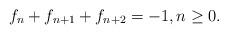
LaTeX: \begin{align*}f_n+f_{n+1}+f_{n+2}=-1,n\geq 0.\end{align*}